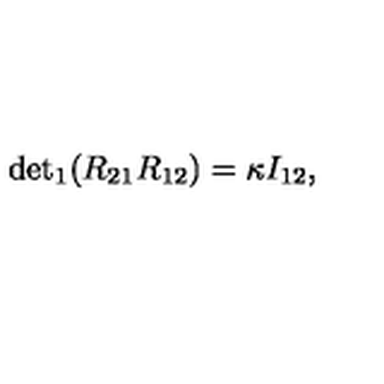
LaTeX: { \det } _ { 1 } ( R _ { 2 1 } R _ { 1 2 } ) = \kappa I _ { 1 2 } ,